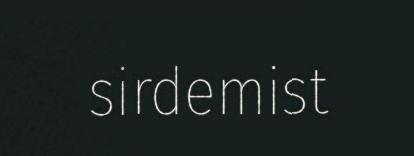
sirdemist